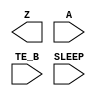
module sky130_fd_sc_lp__busdrivernovlpsleep (
    Z    ,
    A    ,
    TE_B ,
    SLEEP
);

    // Module ports
    output Z    ;
    input  A    ;
    input  TE_B ;
    input  SLEEP;

    // Local signals
    wire nor_teb_SLEEP;
     // No contents.
endmodule